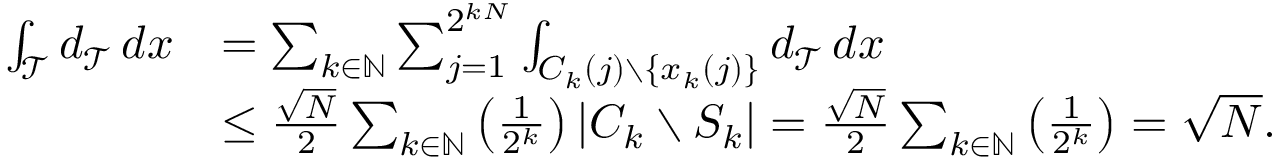
\begin{array} { r l } { \int _ { \mathcal { T } } d _ { \mathcal { T } } \, d x } & { = \sum _ { k \in \mathbb { N } } \sum _ { j = 1 } ^ { 2 ^ { k N } } \int _ { C _ { k } ( j ) \setminus \{ x _ { k } ( j ) \} } d _ { \mathcal { T } } \, d x } \\ & { \le \frac { \sqrt { N } } { 2 } \sum _ { k \in \mathbb { N } } \left( \frac { 1 } { 2 ^ { k } } \right) | C _ { k } \setminus S _ { k } | = \frac { \sqrt { N } } { 2 } \sum _ { k \in \mathbb { N } } \left( \frac { 1 } { 2 ^ { k } } \right) = \sqrt { N } . } \end{array}